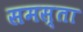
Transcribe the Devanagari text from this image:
समस्ता